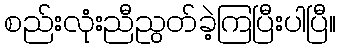
စည်းလုံးညီညွတ်ခဲ့ကြပြီးပါပြီ။